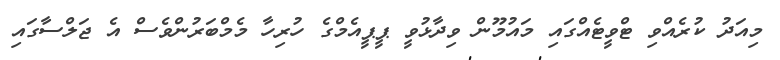
މިއަދު ކުރެއްވި ޓްވީޓެއްގައި މައުމޫން ވިދާޅުވީ ޕީޕީއެމްގެ ހުރިހާ މެމްބަރުންވެސް އެ ޖަލްސާގައި